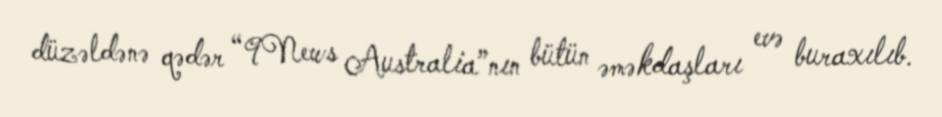
düzəldənə qədər “9News Australia”nın bütün əməkdaşları evə buraxılıb.